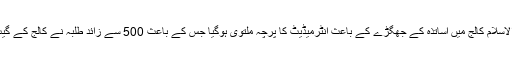
کراچی کے سندھ مدرستہ الاسلام کالج میں اساتذہ کے جھگڑے کے باعث انٹرمیڈیٹ کا پرچہ ملتوی ہوگیا جس کے باعث 500 سے زائد طلبہ نے کالج کے گیٹ پر احتجاجی مظاہرہ کیا۔